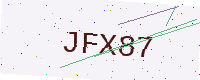
Text: JFX87